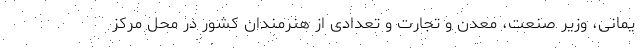
یمانی، وزیر صنعت، معدن و تجارت و تعدادی از هنرمندان کشور در محل مرکز